Scientific memoirs by medical officers of the Army of India - Part IX,
Year: 1895
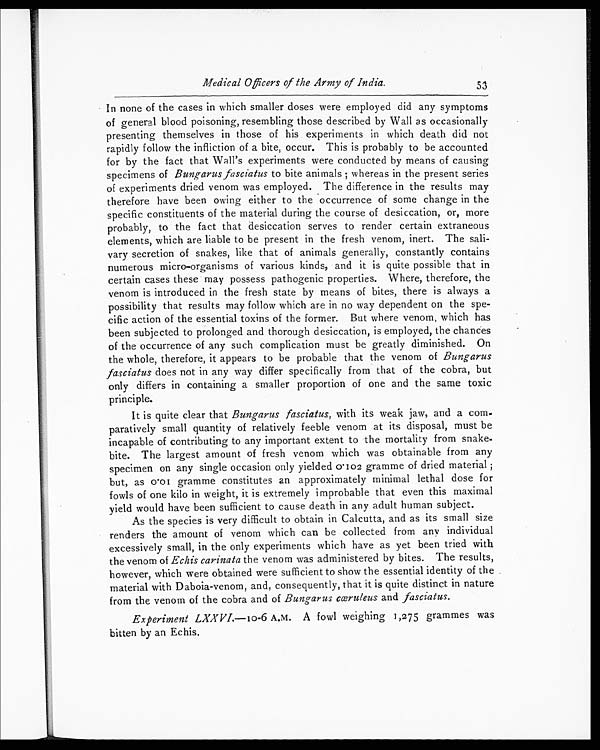
Medical Officers of the Army of India.
53
In none of the cases in which smaller doses were employed did any symptoms
of general blood poisoning, resembling those described by Wall as occasionally
presenting themselves in those of his experiments in which death did not
rapidly follow the infliction of a bite, occur. This is probably to be accounted
for by the fact that Wall's experiments were conducted by means of causing
specimens of Bungarus fasciatus to bite animals ; whereas in the present series
of experiments dried venom was employed. The difference in the results may
therefore have been owing either to the occurrence of some change in the
specific constituents of the material during the course of desiccation, or, more
probably, to the fact that desiccation serves to render certain extraneous
elements, which are liable to be present in the fresh venom, inert. The sali--
vary secretion of snakes, like that of animals generally, constantly contains
numerous micro-organisms of various kinds, and it is quite possible that in
certain cases these may possess pathogenic properties. Where, therefore, the
venom is introduced in the fresh state by means of bites, there is always a
possibility that results may follow which are in no way dependent on the spe-
-cific action of the essential toxins of the former. But where venom, which has
been subjected to prolonged and thorough desiccation, is employed, the chances
of the occurrence of any such complication must be greatly diminished. On
the whole, therefore, it appears to be probable that the venom of Bungarus
fasciatus does not in any way differ specifically from that of the cobra, but
only differs in containing a smaller proportion of one and the same toxic
principle.
It is quite clear that Bungarus fasciatus, with its weak jaw, and a co
m - p a r a t i v e l y s m a l l q u a n t i t y o f r e l a t i v e l y f e e b l e v e n o m a t i t s d i s p o s a l , m u s t b e
incapable of contributing to any important extent to the mortality from snake
-bite. The largest amount of fresh venom which was obtainable from any
specimen on any single occasion only yielded 0.102 gramme of dried material ;
but, as 0.01 gramme constitutes an approximately minimal lethal dose for
fowls of one kilo in weight, it is extremely improbable that even this maximal
yield would have been sufficient to cause death in any adult human subject.
As the species is very difficult to obtain in Calcutta, and as its small size
renders the amount of venom which can be collected from any individual
excessively small, in the only experiments which have as yet been tried with
the venom of Echis carinata the venom was administered by bites. The results,
however, which were obtained were sufficient to show the essential identity of the
material with Daboia-venom, and, consequently, that it is quite distinct in nature
from the venom of the cobra and of Bungarus cœruleus and fasciatus.
Experiment LXXVI. —10-6 A.M. A fowl weighing 1,275 grammes was
bitten by an Echis.